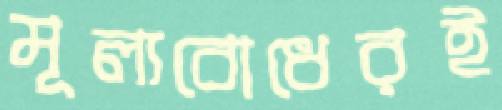
মূল্যবোধেরই